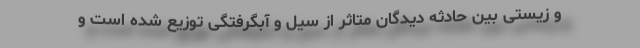
و زیستی بین حادثه دیدگان متاثر از سیل و آبگرفتگی توزیع شده است و